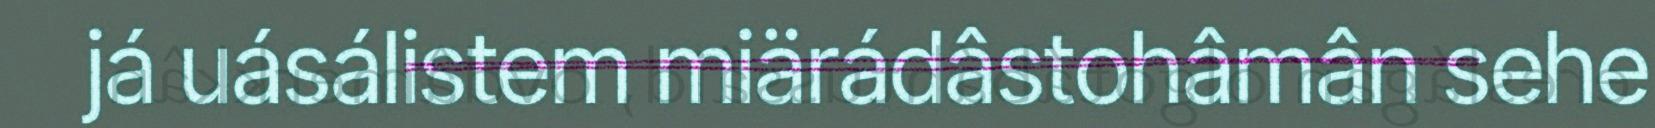
já uásálistem miärádâstohâmân sehe